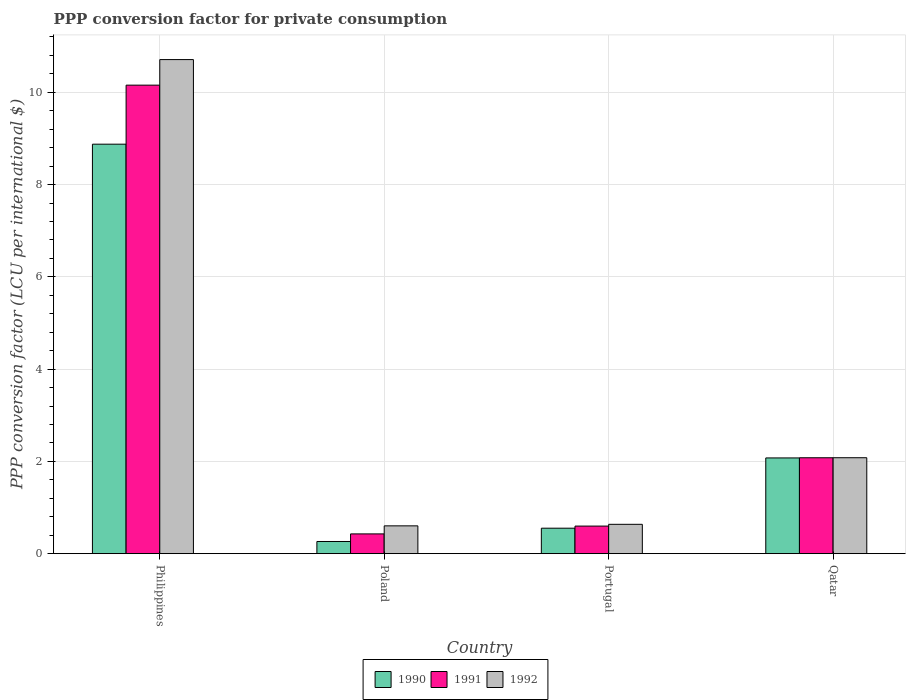
| Country | 1990 | 1991 | 1992 |
 | --- | --- | --- | --- |
 | Philippines | 8.88 | 10.2 | 10.7 |
 | Poland | 0.264 | 0.428 | 0.603 |
 | Portugal | 0.552 | 0.598 | 0.636 |
 | Qatar | 2.08 | 2.08 | 2.08 |